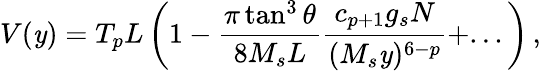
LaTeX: V(\mathit{y})=T_{p}L\left(1-\frac{{\pi\tan^{3}\theta}}{{8M_{s}L}}\frac{{c_{p+1}g_{s}N}}{{(M_{s}\mathit{y})^{6-p}}}+...\right)\, ,